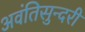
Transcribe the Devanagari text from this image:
अवंतिसुन्दरी